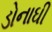
ડોનાઘી